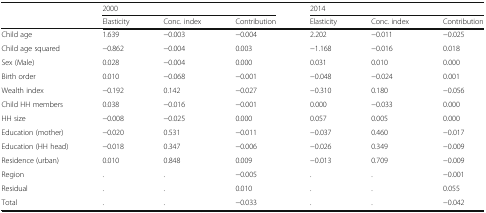
<table><thead><tr><td rowspan="2"></td><td colspan="3"><b>2000</b></td><td colspan="3"><b>2014</b></td></tr><tr><td><b>Elasticity</b></td><td><b>Conc. index</b></td><td><b>Contribution</b></td><td><b>Elasticity</b></td><td><b>Conc. index</b></td><td><b>Contribution</b></td></tr></thead><tbody><tr><td>Child age</td><td>1.639</td><td>−0.003</td><td>−0.004</td><td>2.202</td><td>−0.011</td><td>−0.025</td></tr><tr><td>Child age squared</td><td>−0.862</td><td>−0.004</td><td>0.003</td><td>−1.168</td><td>−0.016</td><td>0.018</td></tr><tr><td>Sex (Male)</td><td>0.028</td><td>−0.004</td><td>0.000</td><td>0.031</td><td>0.010</td><td>0.000</td></tr><tr><td>Birth order</td><td>0.010</td><td>−0.068</td><td>−0.001</td><td>−0.048</td><td>−0.024</td><td>0.001</td></tr><tr><td>Wealth index</td><td>−0.192</td><td>0.142</td><td>−0.027</td><td>−0.310</td><td>0.180</td><td>−0.056</td></tr><tr><td>Child HH members</td><td>0.038</td><td>−0.016</td><td>−0.001</td><td>0.000</td><td>−0.033</td><td>0.000</td></tr><tr><td>HH size</td><td>−0.008</td><td>−0.025</td><td>0.000</td><td>0.057</td><td>0.005</td><td>0.000</td></tr><tr><td>Education (mother)</td><td>−0.020</td><td>0.531</td><td>−0.011</td><td>−0.037</td><td>0.460</td><td>−0.017</td></tr><tr><td>Education (HH head)</td><td>−0.018</td><td>0.347</td><td>−0.006</td><td>−0.026</td><td>0.349</td><td>−0.009</td></tr><tr><td>Residence (urban)</td><td>0.010</td><td>0.848</td><td>0.009</td><td>−0.013</td><td>0.709</td><td>−0.009</td></tr><tr><td>Region</td><td>.</td><td>.</td><td>−0.005</td><td>.</td><td>.</td><td>−0.001</td></tr><tr><td>Residual</td><td>.</td><td>.</td><td>0.010</td><td>.</td><td>.</td><td>0.055</td></tr><tr><td>Total</td><td>.</td><td>.</td><td>−0.033</td><td>.</td><td>.</td><td>−0.042</td></tr></tbody></table>